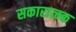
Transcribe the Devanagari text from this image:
सकारात्म्क